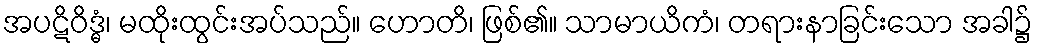
အပဋိဝိဒ္ဓံ၊ မထိုးထွင်းအပ်သည်။ ဟောတိ၊ ဖြစ်၏။ သာမာယိကံ၊ တရားနာခြင်းသော အခါ၌